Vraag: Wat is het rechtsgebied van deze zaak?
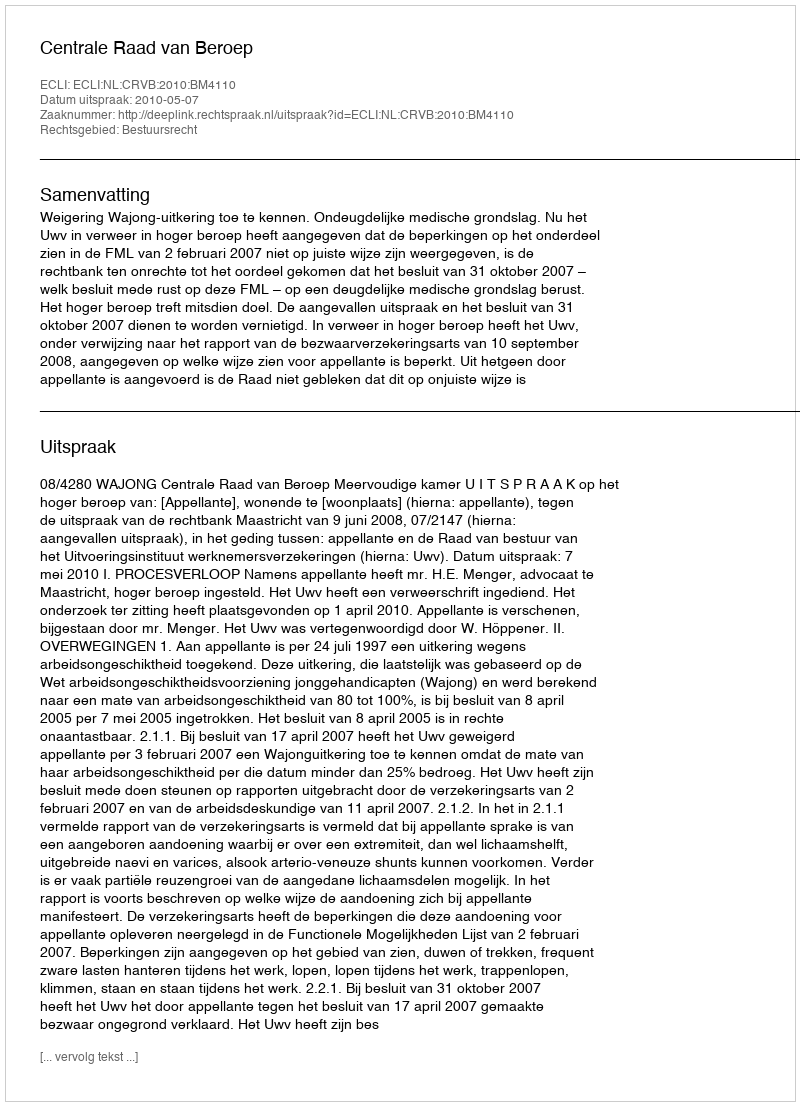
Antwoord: Bestuursrecht